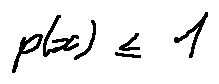
p ( x ) \leq 1